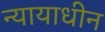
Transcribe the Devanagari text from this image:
न्यायाधीन